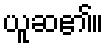
ယူဆ၏။